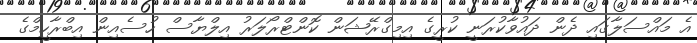
އެ މައްސަލާގައި ދެން ދައުވާކުރަނީ ކުރީގެ އިމިގްރޭޝަން ކޮންޓްރޯލަރު އިލްޔާސް ހުސެއިން އިބްރާހީމްގެ